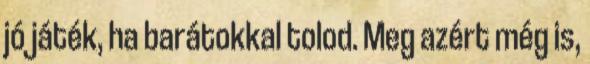
jó játék, ha barátokkal tolod. Meg azért még is,